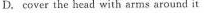
D.cover the head with arms around it